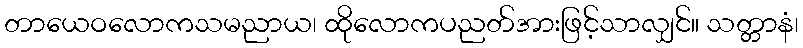
တာယေဝလောကသမညာယ၊ ထိုလောကပညတ်အားဖြင့်သာလျှင်။ သတ္တာနံ၊